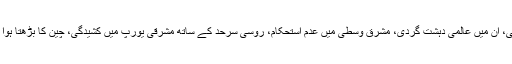
ٹرمپ انتظامیہ جن امور پر دھیان دے گی، ان میں عالمی دہشت گردی، مشرق وسطی میں عدم استحکام، روسی سرحد کے ساتھ مشرقی یورپ میں کشیدگی، چین کا بڑھتا ہوا فوجی اور معاشی اثر و رسوخ شامل ہیں۔